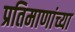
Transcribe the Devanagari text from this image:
प्रतिमाणांच्या